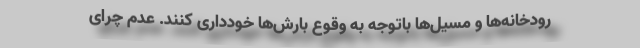
رودخانه‌ها و مسیل‌ها باتوجه به وقوع بارش‌ها خودداری کنند. عدم چرای